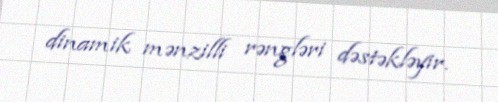
dinamik mənzilli rəngləri dəstəkləyir.